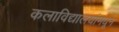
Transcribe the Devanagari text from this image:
कलाविद्यालयांमधून